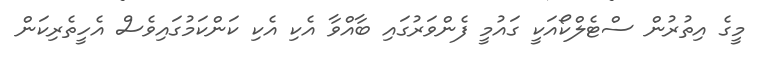
މީގެ އިތުރުން ސްޓެލްކޯއަކީ ގައުމީ ފެންވަރުގައި ބާއްވާ އެކި އެކި ކަންކަމުގައިވެސް އެހީތެރިކަން